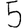
Digit: 5